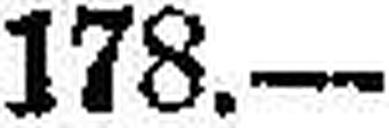
178.—